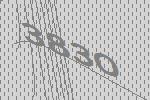
3830